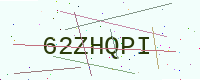
Text: 62ZHQPI